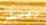
ريسلر